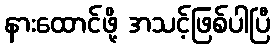
နားထောင်ဖို့ အသင့်ဖြစ်ပါပြီ